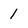
Character: l